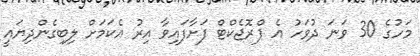
މަހުގެ 30 ވަނަ ދުވަހު އެ ޕްރޮޖެކްޓް ފަށާފައިވާ އިރު އެކަމަށް ލިބިގެންދިޔައީ